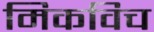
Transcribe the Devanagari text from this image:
मिकविच